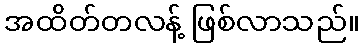
အထိတ်တလန့် ဖြစ်လာသည်။